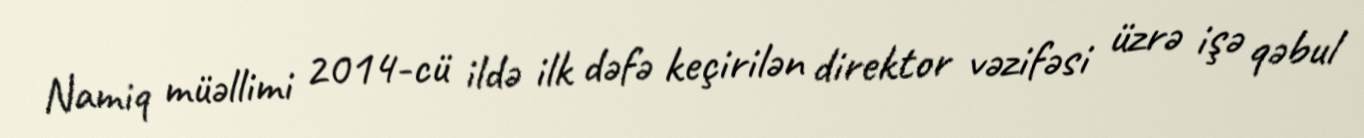
Namiq müəllimi 2014-cü ildə ilk dəfə keçirilən direktor vəzifəsi üzrə işə qəbul